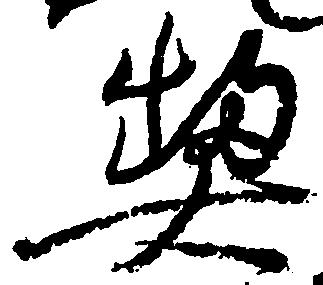
契